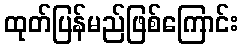
ထုတ်ပြန်မည်ဖြစ်ကြောင်း